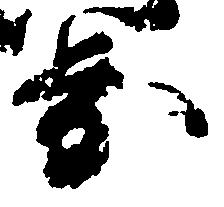
歩